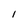
Character: 1